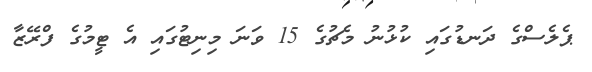
ޕެލެސްގެ ދަނޑުގައި ކުޅުނު މެޗުގެ 15 ވަނަ މިނިޓުގައި އެ ޓީމުގެ ފްރޭޒާ